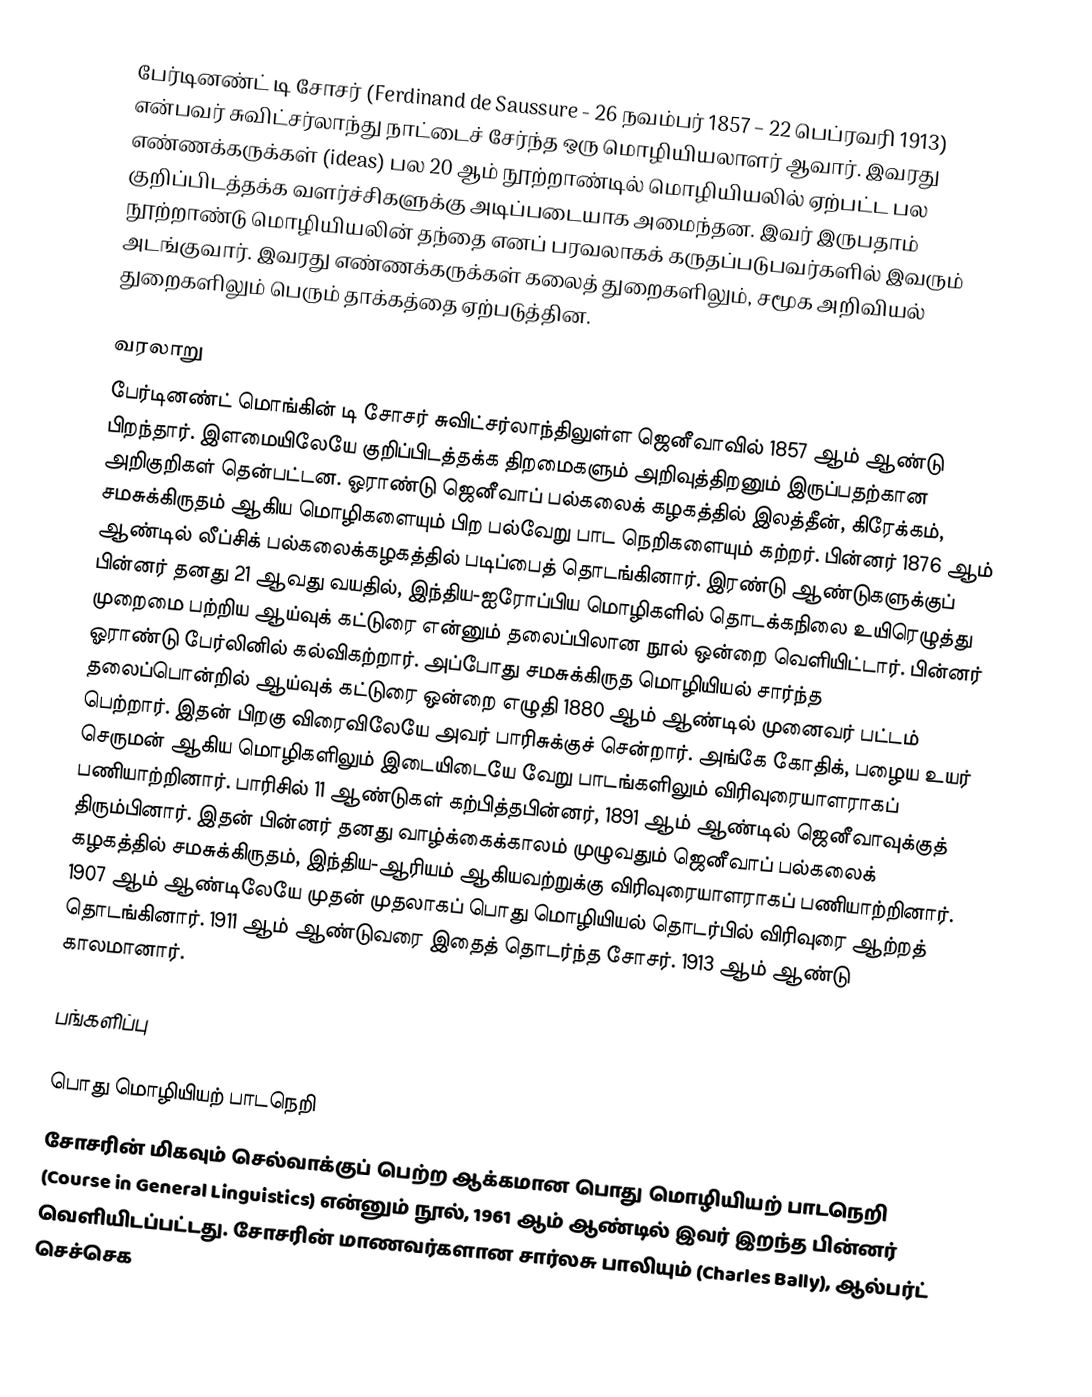
பேர்டினண்ட் டி சோசர் (Ferdinand de Saussure - 26 நவம்பர் 1857 – 22 பெப்ரவரி 1913) என்பவர் சுவிட்சர்லாந்து நாட்டைச் சேர்ந்த ஒரு மொழியியலாளர் ஆவார். இவரது எண்ணக்கருக்கள் (ideas) பல 20 ஆம் நூற்றாண்டில் மொழியியலில் ஏற்பட்ட பல குறிப்பிடத்தக்க வளர்ச்சிகளுக்கு அடிப்படையாக அமைந்தன. இவர் இருபதாம் நூற்றாண்டு மொழியியலின் தந்தை எனப் பரவலாகக் கருதப்படுபவர்களில் இவரும் அடங்குவார். இவரது எண்ணக்கருக்கள் கலைத் துறைகளிலும், சமூக அறிவியல் துறைகளிலும் பெரும் தாக்கத்தை ஏற்படுத்தின.

வரலாறு
பேர்டினண்ட் மொங்கின் டி சோசர் சுவிட்சர்லாந்திலுள்ள ஜெனீவாவில் 1857 ஆம் ஆண்டு பிறந்தார். இளமையிலேயே குறிப்பிடத்தக்க திறமைகளும் அறிவுத்திறனும் இருப்பதற்கான அறிகுறிகள் தென்பட்டன. ஓராண்டு ஜெனீவாப் பல்கலைக் கழகத்தில் இலத்தீன், கிரேக்கம், சமசுக்கிருதம் ஆகிய மொழிகளையும் பிற பல்வேறு பாட நெறிகளையும் கற்றர். பின்னர் 1876 ஆம் ஆண்டில் லீப்சிக் பல்கலைக்கழகத்தில் படிப்பைத் தொடங்கினார். இரண்டு ஆண்டுகளுக்குப் பின்னர் தனது 21 ஆவது வயதில், இந்திய-ஐரோப்பிய மொழிகளில் தொடக்கநிலை உயிரெழுத்து முறைமை பற்றிய ஆய்வுக் கட்டுரை என்னும் தலைப்பிலான நூல் ஒன்றை வெளியிட்டார். பின்னர் ஓராண்டு பேர்லினில் கல்விகற்றார். அப்போது சமசுக்கிருத மொழியியல் சார்ந்த தலைப்பொன்றில் ஆய்வுக் கட்டுரை ஒன்றை எழுதி 1880 ஆம் ஆண்டில் முனைவர் பட்டம் பெற்றார். இதன் பிறகு விரைவிலேயே அவர் பாரிசுக்குச் சென்றார். அங்கே கோதிக், பழைய உயர் செருமன் ஆகிய மொழிகளிலும் இடையிடையே வேறு பாடங்களிலும் விரிவுரையாளராகப் பணியாற்றினார். பாரிசில் 11 ஆண்டுகள் கற்பித்தபின்னர், 1891 ஆம் ஆண்டில் ஜெனீவாவுக்குத் திரும்பினார். இதன் பின்னர் தனது வாழ்க்கைக்காலம் முழுவதும் ஜெனீவாப் பல்கலைக் கழகத்தில் சமசுக்கிருதம், இந்திய-ஆரியம் ஆகியவற்றுக்கு விரிவுரையாளராகப் பணியாற்றினார். 1907 ஆம் ஆண்டிலேயே முதன் முதலாகப் பொது மொழியியல் தொடர்பில் விரிவுரை ஆற்றத் தொடங்கினார். 1911 ஆம் ஆண்டுவரை இதைத் தொடர்ந்த சோசர். 1913 ஆம் ஆண்டு காலமானார்.

பங்களிப்பு

பொது மொழியியற் பாடநெறி
சோசரின் மிகவும் செல்வாக்குப் பெற்ற ஆக்கமான பொது மொழியியற் பாடநெறி (Course in General Linguistics) என்னும் நூல், 1961 ஆம் ஆண்டில் இவர் இறந்த பின்னர் வெளியிடப்பட்டது. சோசரின் மாணவர்களான சார்லசு பாலியும் (Charles Bally), ஆல்பர்ட் செச்செக